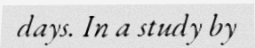
days. In a study by